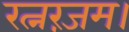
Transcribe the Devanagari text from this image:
रत्नरंजम।